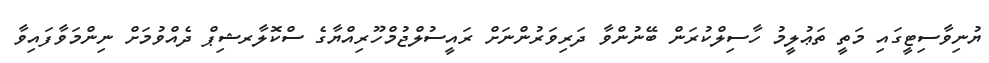
ޔުނިވާސިޓީގައި މަތީ ތަޢުލީމު ހާސިލްކުރަން ބޭނުންވާ ދަރިވަރުންނަށް ރައީސުލްޖުމްހޫރިއްޔާގެ ސްކޮލާރޝިޕް ދެއްވުމަށް ނިންމަވާފައިވާ